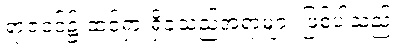
ရာဇဝင်၌ ထင်ရှားရှိခဲ့သည့်အရာများ ဖြစ်ပါသည်။